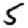
Digit: 5